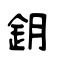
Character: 鈅